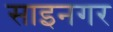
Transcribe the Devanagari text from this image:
साइनगर